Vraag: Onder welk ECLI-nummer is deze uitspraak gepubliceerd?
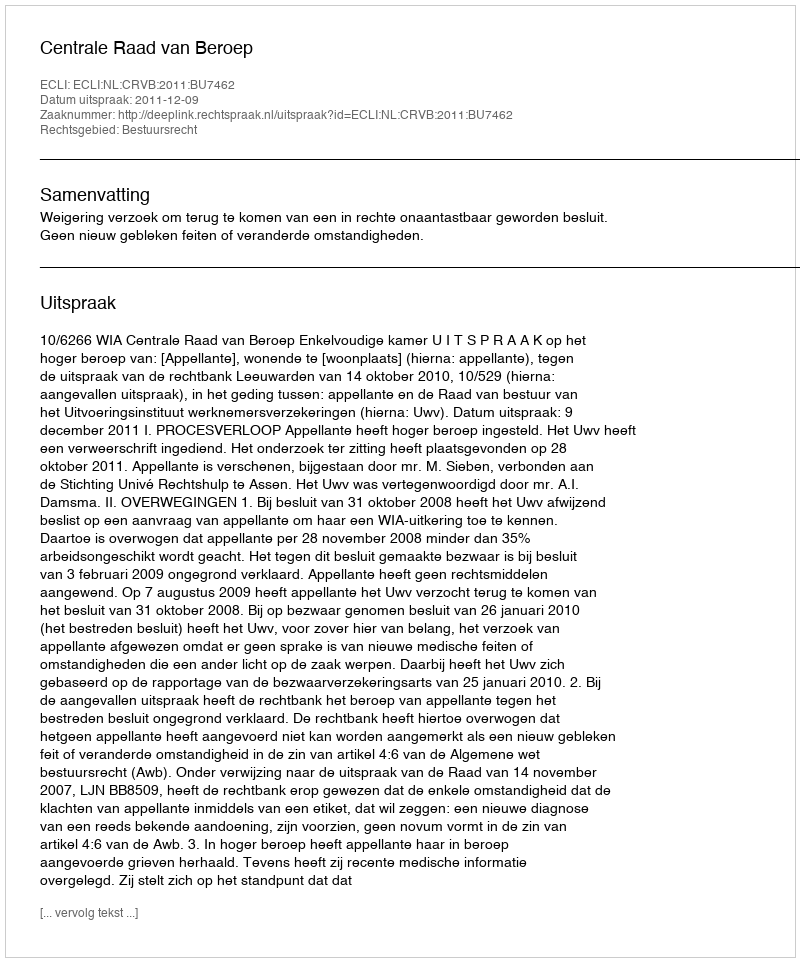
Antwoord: ECLI:NL:CRVB:2011:BU7462